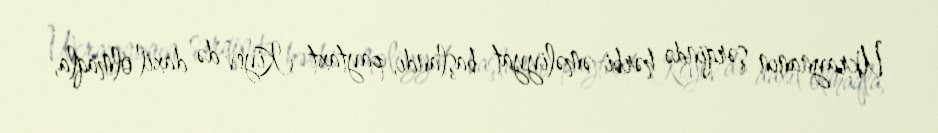
Ukraynanın şərqində hərbi əməliyyat başlandı, paytaxt Kiyev də daxil olmaqla,